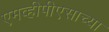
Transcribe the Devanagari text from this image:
एमव्हीपीएसाच्या